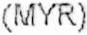
(MYR)